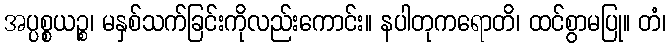
အပ္ပစ္စယဉ္စ၊ မနှစ်သက်ခြင်းကိုလည်းကောင်း။ နပါတုကရောတိ၊ ထင်စွာမပြု။ တံ၊